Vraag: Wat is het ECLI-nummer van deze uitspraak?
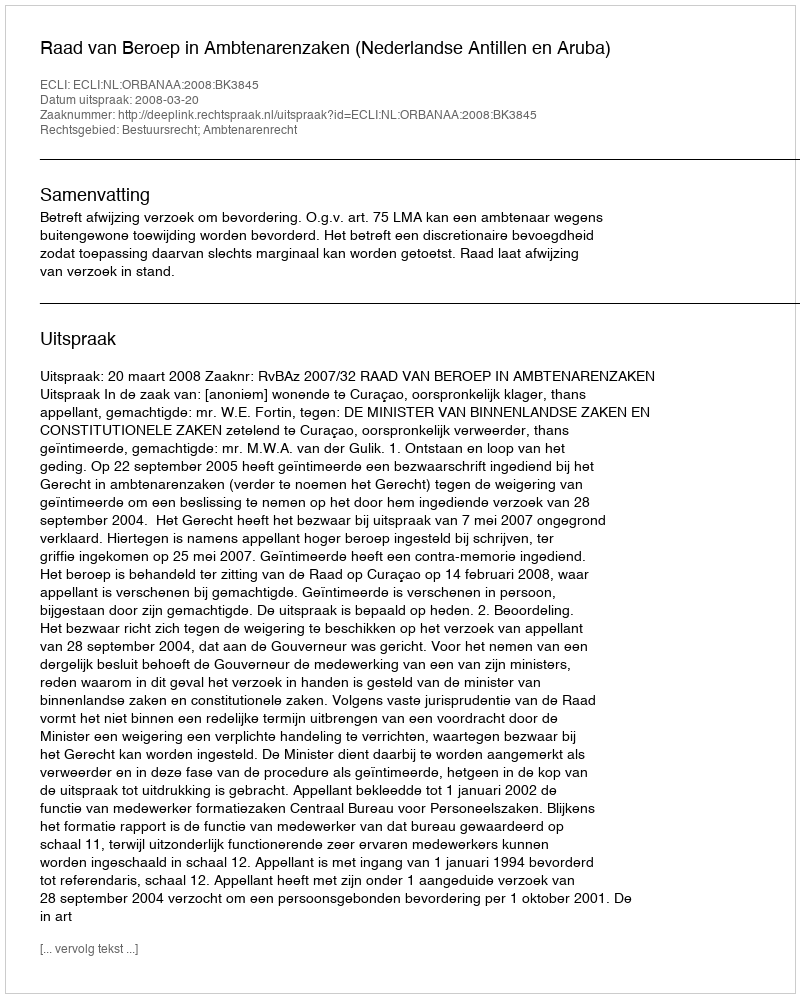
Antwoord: ECLI:NL:ORBANAA:2008:BK3845